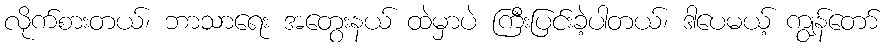
လိုက်စားတယ်၊ ဘာသာရေး အတွေးနယ် ထဲမှာပဲ ကြီးပြင်းခဲ့ပါတယ်၊ ဒါပေမယ့် ကျွန်တော်